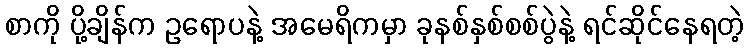
စာကို ပို့ချိန်က ဥရောပနဲ့ အမေရိကမှာ ခုနစ်နှစ်စစ်ပွဲနဲ့ ရင်ဆိုင်နေရတဲ့